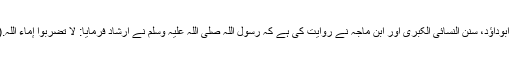
مگر اللہ کے نبیؐ نے اس تشدد کو روکنے کے لیے اقدام کیئے ابوداؤد، سنن النسائی الکبریٰ اور ابن ماجہ نے روایت کی ہے کہ رسول اللہ صلی اللہ علیہ وسلم نے ارشاد فرمایا: لا تضربوا إماء اللّٰہ.(رقم ۲۱۴۶، ۹۱۶۷، ۱۹۸۵) ’’اللہ کی بندیوں کو مت مارا کرو۔